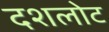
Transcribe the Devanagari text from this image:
दशलोट